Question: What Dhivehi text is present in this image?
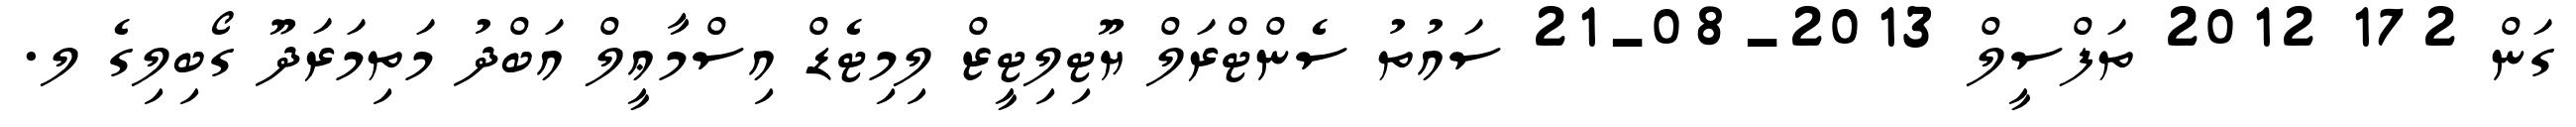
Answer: ގަން 172 2012 ތަފްސީލް 2013-08-21 ސައުތު ސެންޓްރަލް ޔޫޓިލިޓީޒް ލިމިޓެޑް އިސްމާޢީލް އަބްދު މަތިމަރަދޫ ގޯބިލިގެ ލ.